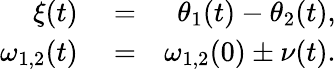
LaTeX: \begin{array}{rlr}{\xi(t)}&{{}=}&{\theta_{1}(t)-\theta_{2}(t),}\\ {\omega_{1,2}(t)}&{{}=}&{\omega_{1,2}(0)\pm\nu(t).}\end{array}